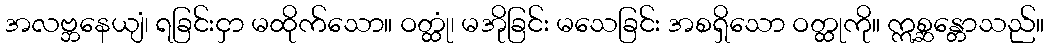
အလဗ္ဘနေယျံ၊ ရခြင်းငှာ မထိုက်သော။ ဝတ္ထုံ၊ မအိုခြင်း မသေခြင်း အစရှိသော ဝတ္ထုကို။ ဣစ္ဆန္တောသည်။